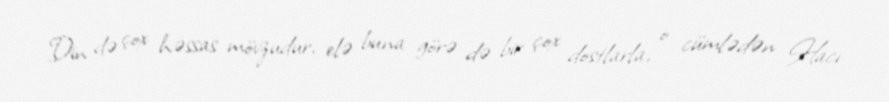
Din də çox həssas mövzudur, elə buna görə də bir çox dostlarla, o cümlədən Hacı